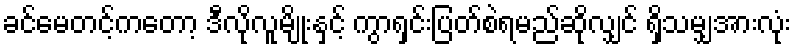
ခင်မေတင့်ကတော့ ဒီလိုလူမျိုးနှင့် ကွာရှင်းပြတ်စဲရမည်ဆိုလျှင် ရှိသမျှအားလုံး